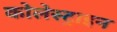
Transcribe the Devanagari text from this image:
कोलेस्ट्राइन